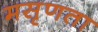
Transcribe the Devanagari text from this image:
मसृणता